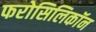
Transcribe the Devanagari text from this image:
फरोसिलिकॉन